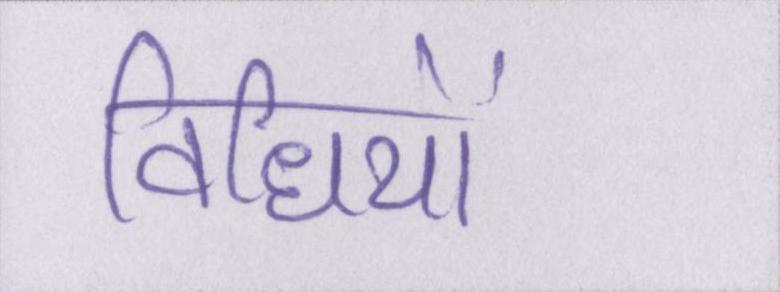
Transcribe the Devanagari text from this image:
विधियों